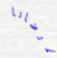
مرضانا